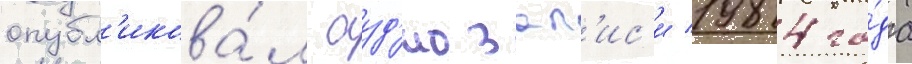
опубл'икова́л ауд'иозап'ис'и 1984 го́да